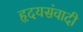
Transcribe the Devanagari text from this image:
हृदयसंवादी